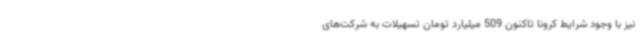
نیز با وجود شرایط کرونا تاکنون 509 میلیارد تومان تسهیلات به شرکت‌های